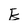
Character: E